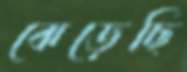
ঝেড়েছি